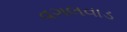
વગલવાડ